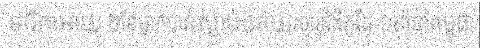
ទារិកាអាយុ ២ខែម្នាក់បានស្លាប់ដោយសារជំងឺកូវីដ-១៩នៅកម្ពុជា